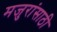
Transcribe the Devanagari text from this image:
मजुरांसाठी